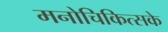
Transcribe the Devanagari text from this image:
मनोचिकित्सके